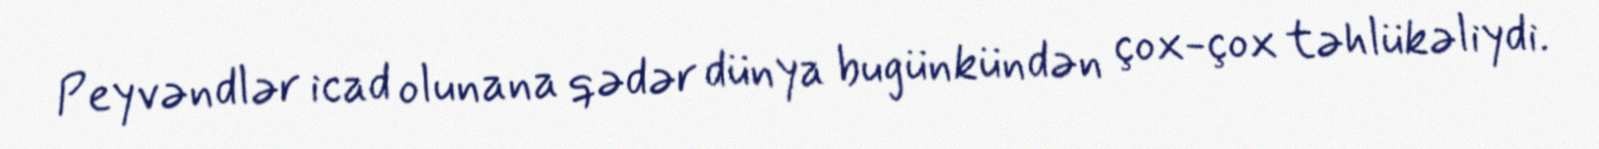
Peyvəndlər icad olunana qədər dünya bugünkündən çox-çox təhlükəliydi.